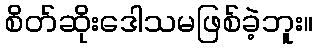
စိတ်ဆိုးဒေါသမဖြစ်ခဲ့ဘူး။